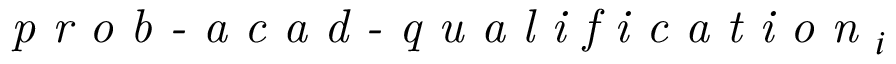
\textit { p r o b - a c a d - q u a l i f i c a t i o n } _ { i }